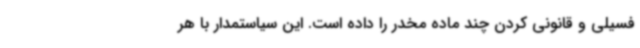
فسیلی و قانونی کردن چند ماده مخدر را داده است. این سیاستمدار با هر